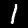
Digit: 1